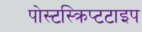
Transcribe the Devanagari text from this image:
पोस्टस्क्रिप्टटाइप